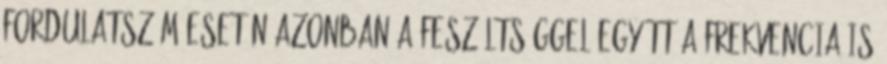
fordulatszám esetén azonban a feszültséggel együtt a frekvencia is